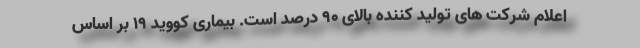
اعلام شرکت های تولید کننده بالای ۹۰ درصد است. بیماری کووید ۱۹ بر اساس